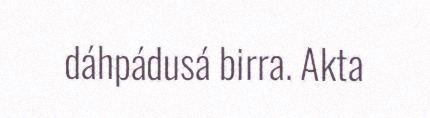
dáhpádusá birra. Akta